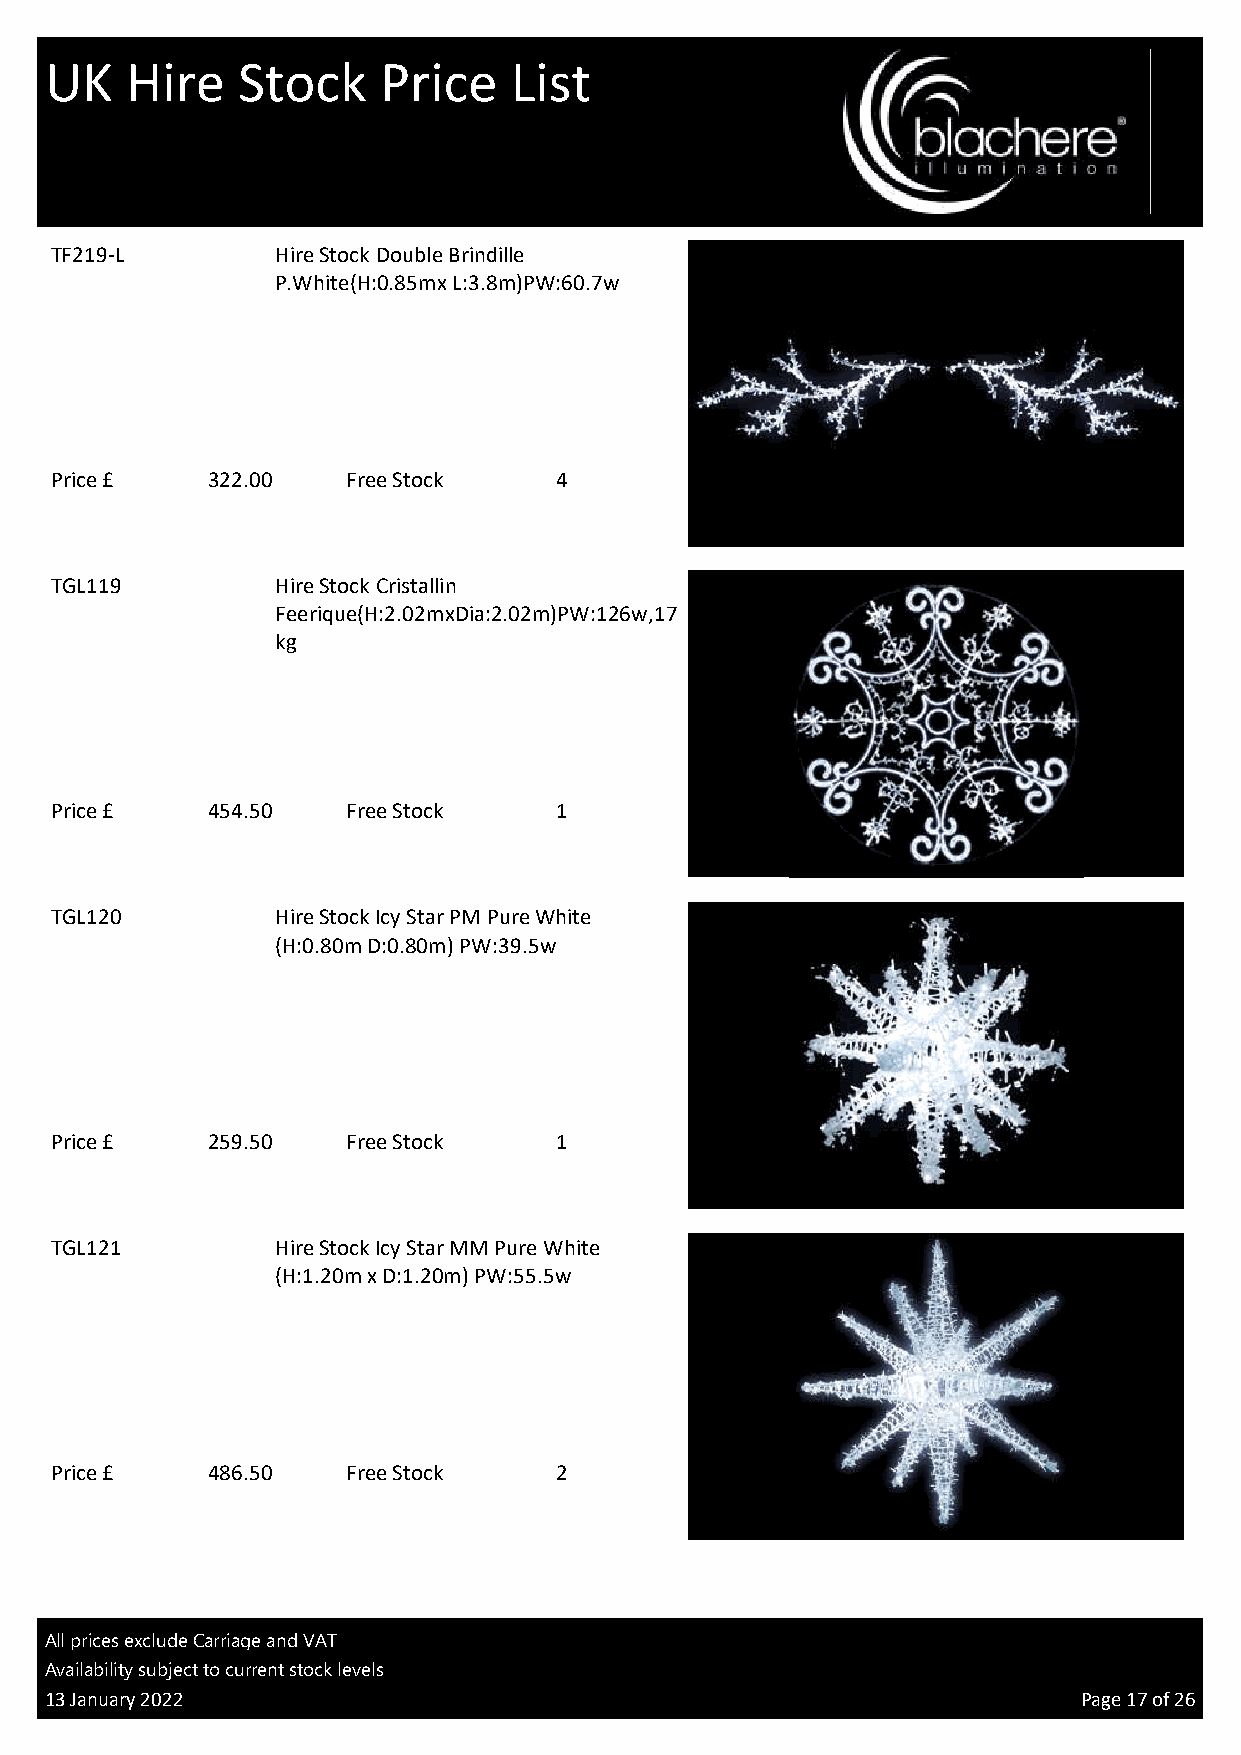
UK   Hire    Stock    Price    List
 TF219-L        Hire Stock Double Brindille
 P.White(H:0.85mx L:3.8m)PW:60.7w
 Price £    322.00   Free Stock    4
 TV
 TGL119         Hire Stock Cristallin
 Feerique(H:2.02mxDia:2.02m)PW:126w,17
 kg
 Price £    454.50   Free Stock    1
 TV
 TGL120         Hire Stock Icy Star PM Pure White
 (H:0.80m D:0.80m) PW:39.5w
 Price £    259.50   Free Stock    1
 3D
 TGL121         Hire Stock Icy Star MM Pure White
 (H:1.20m x D:1.20m) PW:55.5w
 Price £    486.50   Free Stock    2
 3D
 All prices exclude Carriage and VAT
 Availability subject to current stock levels
 13 January 2022                                                      Page 17 of 26